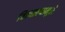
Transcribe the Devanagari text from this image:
वितळल्यामुले